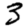
Digit: 3